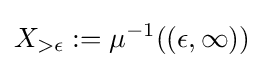
X_{>\epsilon }:=\mu ^{-1}((\epsilon ,\infty ))